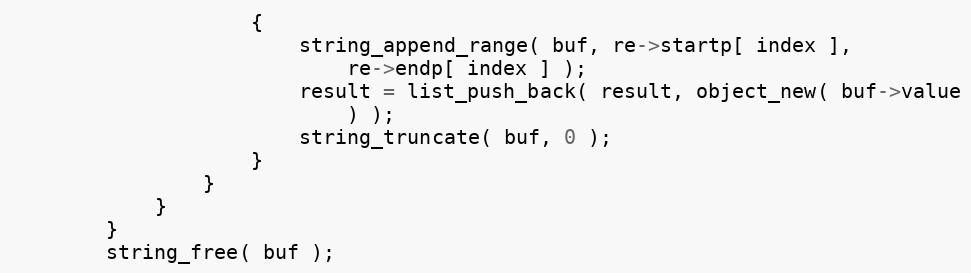
Language: C
                    {
                        string_append_range( buf, re->startp[ index ],
                            re->endp[ index ] );
                        result = list_push_back( result, object_new( buf->value
                            ) );
                        string_truncate( buf, 0 );
                    }
                }
            }
        }
        string_free( buf );